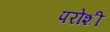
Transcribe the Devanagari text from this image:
परोशी